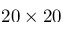
2 0 \times 2 0